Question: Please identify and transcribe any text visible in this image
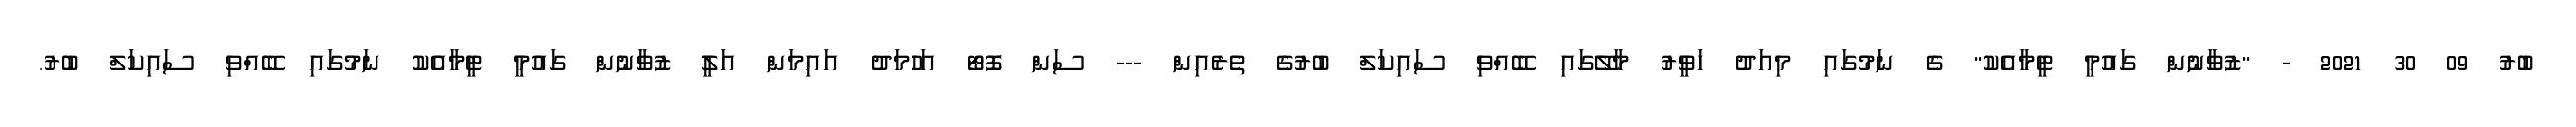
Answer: ބުރު 09 30 2021 - "ޒުވާނުން ގައުމީ ޓީމާއެކު" ގެ ނަމުގައި މިއަދު ހަވީރު މާލޭގައި ބޭއްވި ސައިކަލް ބުރުގެ ތެރެއިން --- ސަން ފޮޓޯ އަހުމަދު އައިމަން އަލީ ޒުވާނުން ގައުމީ ޓީމާއެކު ނަމުގައި ބޭއްވި ސައިކަލް ބުރު.